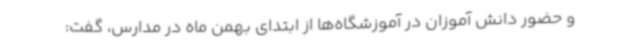
و حضور دانش آموزان در آموزشگاه‌ها از ابتدای بهمن ماه در مدارس، گفت: